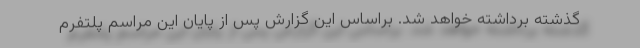
گذشته برداشته خواهد شد. براساس این گزارش پس از پایان این مراسم پلتفرم